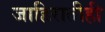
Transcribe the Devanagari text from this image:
जाहिरातीही